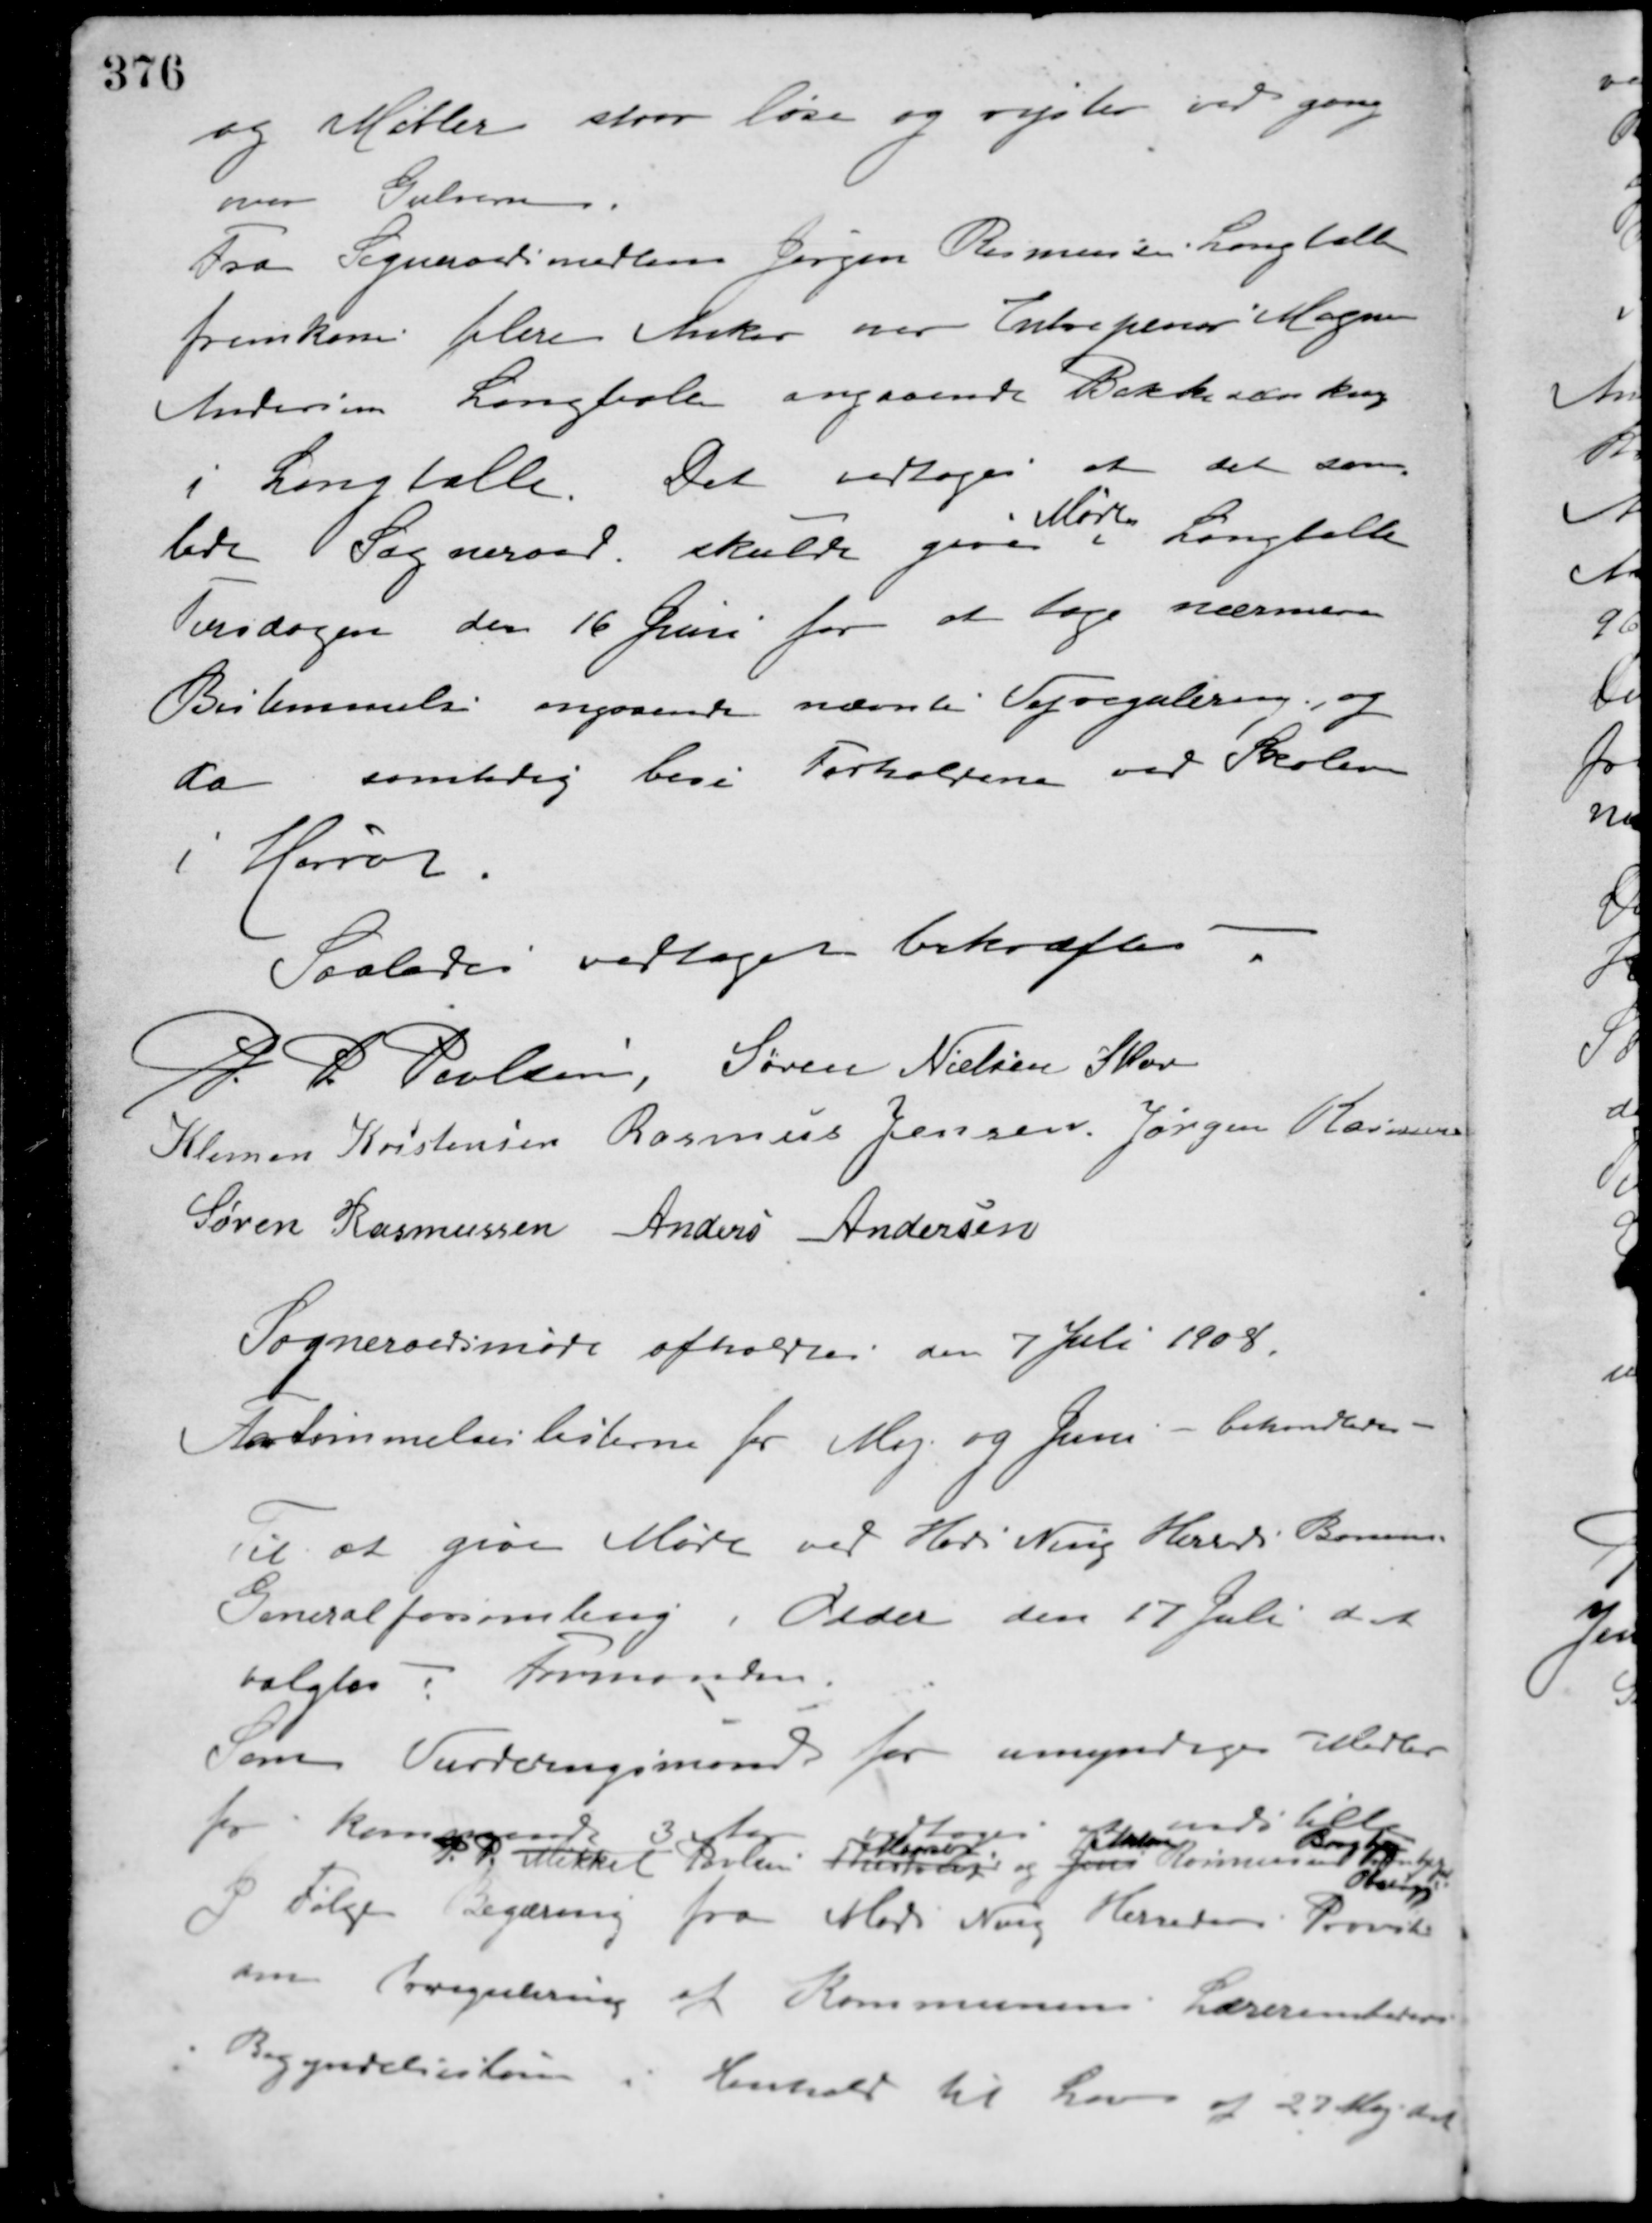
Transskription:
og støtter staar løse og ryster ved gang
over Gulverne.
Fra Sogneraadsmedlem Jørgen Rasmussen, Langballe
fremkom flere Anker over Entrepenør Magnus
Andersen Langballe angaaende Bakkesænkning
i Langballe. Det vedtoges at det sam-
lede Sogneraad, skulde give
Møde
i Langballe
Tirsdagen den 16 Juni for at tage nærmere
Bestemmelse angaaende nævnte Vejregulering, og
da samtidig bese Forholdene ved Skolen
i Hørret.
Saaledes vedtaget bekræftes
P. P. Poulsen Søren Nielsen Skov
Klemen Kristensen Rasmus Jensen Jørgen Rasmussen
Søren Rasmussen Anders Andersen
Sogneraadsmøde afholdtes den 7 Juli 1908.
Forsømmelseslisterne for Maj og Juni - behandledes.
Til at give Møde ved Hads Ning Herreds Banens
Generalforsamling i Odder den 17 Juli d. A.
valgtes Formanden.
Som Vurderingsmand for umyndiges Midler
for kommende 3 Aar vedtoges at indstille
P. P. Mikkel Poulsen Thestrup
Maarslet
og Jens
Rasmus
Rasmussen Thestrup
Borgbjerg
Obstrup
I Følge Begæring fra Hads Ning Herreders Provsti
om regulering af Kommunens Lærerembeders
Begyndelsesløn i Henhold til Lov af 27 Maj d. A.